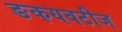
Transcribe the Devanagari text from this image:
ङकयबटीज